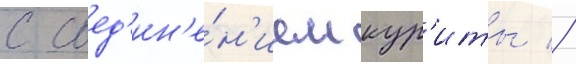
с соед'ин'е́н'ием кур'иты //